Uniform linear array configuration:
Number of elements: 24
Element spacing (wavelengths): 0.5
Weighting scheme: cosine
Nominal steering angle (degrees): -45
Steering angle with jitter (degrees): -46.736
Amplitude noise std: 0.05
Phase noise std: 0.05

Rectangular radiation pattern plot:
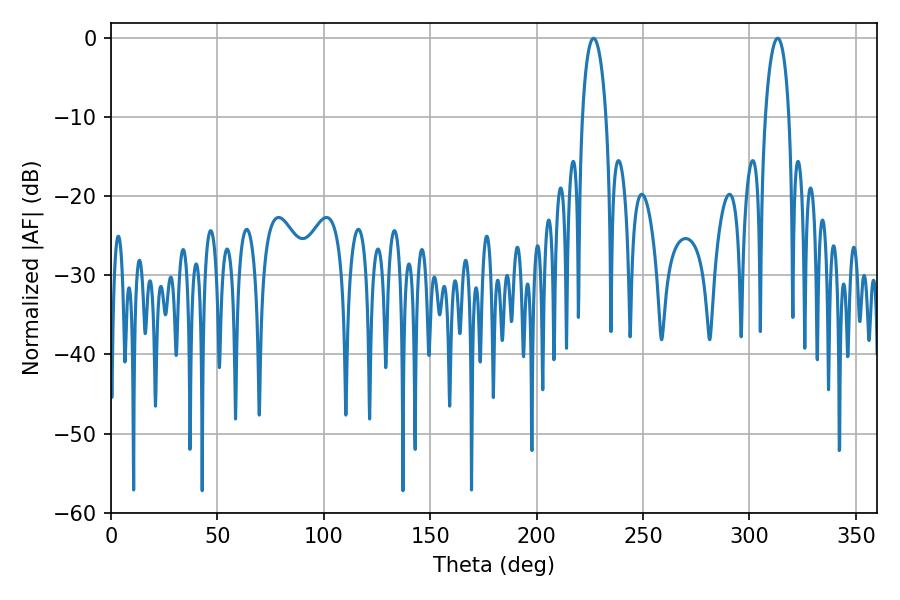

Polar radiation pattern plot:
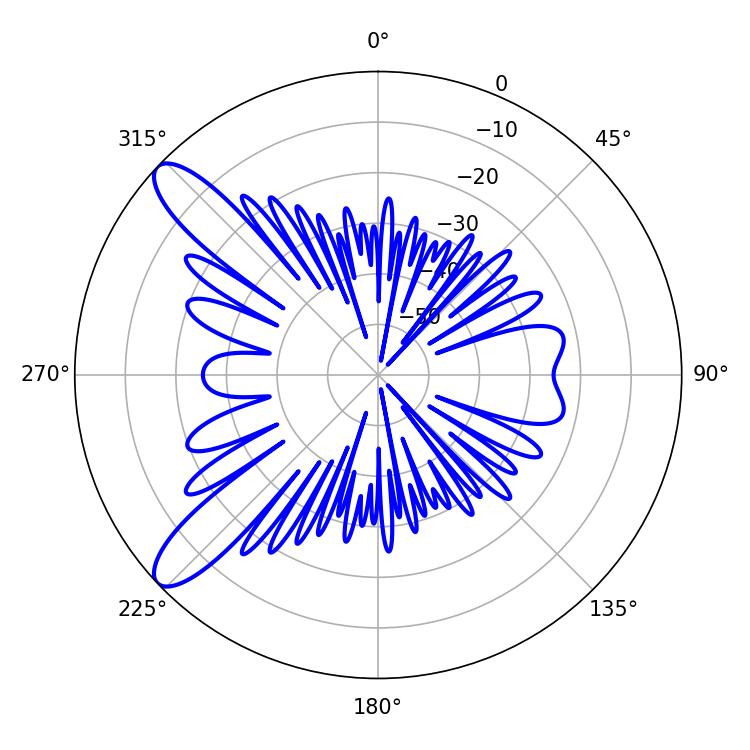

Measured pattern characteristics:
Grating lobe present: FALSE
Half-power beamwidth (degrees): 6.3
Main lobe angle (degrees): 226.8